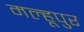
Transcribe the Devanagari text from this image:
मल्हूपुर